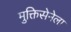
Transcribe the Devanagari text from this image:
मुक्तिसेनेला